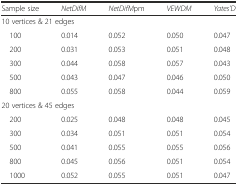
| Sample size | NetDifM | NetDifMpm | VEWDM | Yates’D |
 | --- | --- | --- | --- | --- |
 | <COLSPAN=5> 10 vertices & 21 edges |
 | 100 | 0.014 | 0.052 | 0.050 | 0.047 |
 | 200 | 0.031 | 0.053 | 0.051 | 0.048 |
 | 300 | 0.044 | 0.058 | 0.057 | 0.043 |
 | 500 | 0.043 | 0.047 | 0.046 | 0.050 |
 | 800 | 0.055 | 0.058 | 0.044 | 0.059 |
 | <COLSPAN=5> 20 vertices & 45 edges |
 | 200 | 0.025 | 0.048 | 0.048 | 0.045 |
 | 300 | 0.034 | 0.051 | 0.051 | 0.054 |
 | 500 | 0.041 | 0.055 | 0.055 | 0.056 |
 | 800 | 0.045 | 0.056 | 0.051 | 0.054 |
 | 1000 | 0.052 | 0.055 | 0.051 | 0.047 |